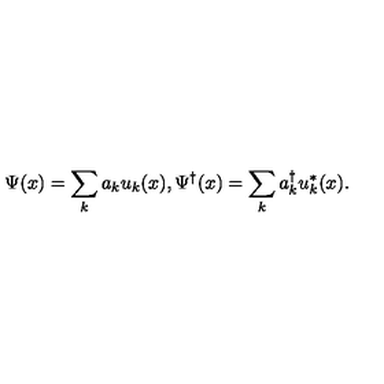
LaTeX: \Psi ( x ) = \sum _ { k } a _ { k } u _ { k } ( x ) , \Psi ^ { \dagger } ( x ) = \sum _ { k } a _ { k } ^ { \dagger } u _ { k } ^ { * } ( x ) .